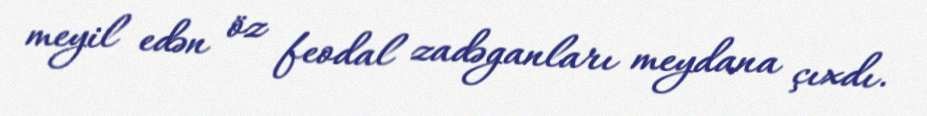
meyil edən öz feodal zadəganları meydana çıxdı.